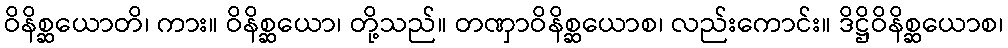
ဝိနိစ္ဆယောတိ၊ ကား။ ဝိနိစ္ဆယော၊ တို့သည်။ တဏှာဝိနိစ္ဆယောစ၊ လည်းကောင်း။ ဒိဋ္ဌိဝိနိစ္ဆယောစ၊